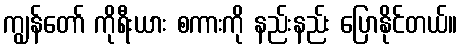
ကျွန်တော် ကိုရီးယား စကားကို နည်းနည်း ပြောနိုင်တယ်။